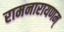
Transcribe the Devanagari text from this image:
रामनारायणम्